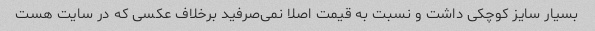
بسیار سایز کوچکی داشت و نسبت به قیمت اصلا نمی‌صرفید برخلاف عکسی که در سایت هست